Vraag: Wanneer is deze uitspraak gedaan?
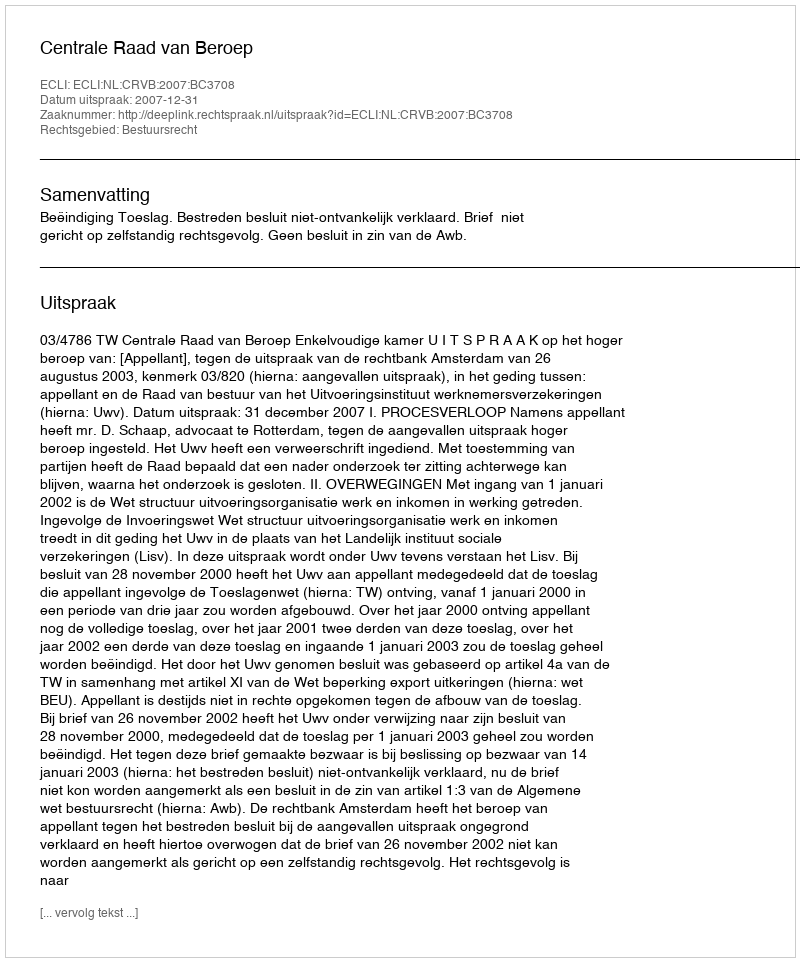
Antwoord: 2007-12-31